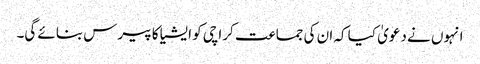
انہوں نے دعویٰ کیا کہ ان کی جماعت کراچی کو ایشیا کا پیرس بنائے گی۔